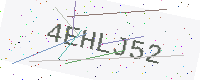
Text: 4EHLJ52